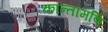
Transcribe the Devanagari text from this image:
कान्तामणि